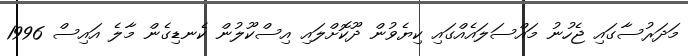
މަދަރުސާގައި ޖެހުނު މައްސަލައެއްގައި ކިޔެވުން ދޫކޮށްލައި އިސްކޫލުން ކެނޑިގެން މާލެ އައިސް 1996